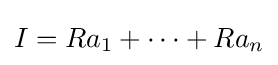
I=Ra_{1}+\cdots +Ra_{n}